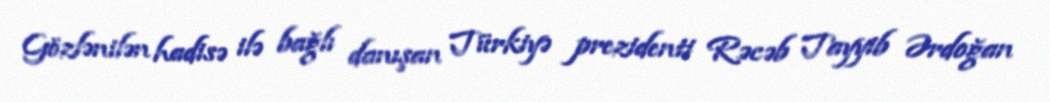
Gözlənilən hadisə ilə bağlı danışan Türkiyə prezidenti Rəcəb Tayyib Ərdoğan